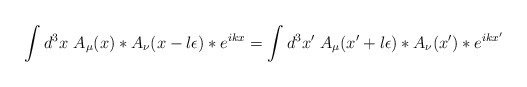
\begin{align*}\int d^3 x~ A_\mu (x) \ast A_\nu (x - l \epsilon) \ast e^{ikx} = \int d^3 x'~ A_\mu (x' + l \epsilon) \ast A_\nu (x') \ast e^{ikx'}\end{align*}